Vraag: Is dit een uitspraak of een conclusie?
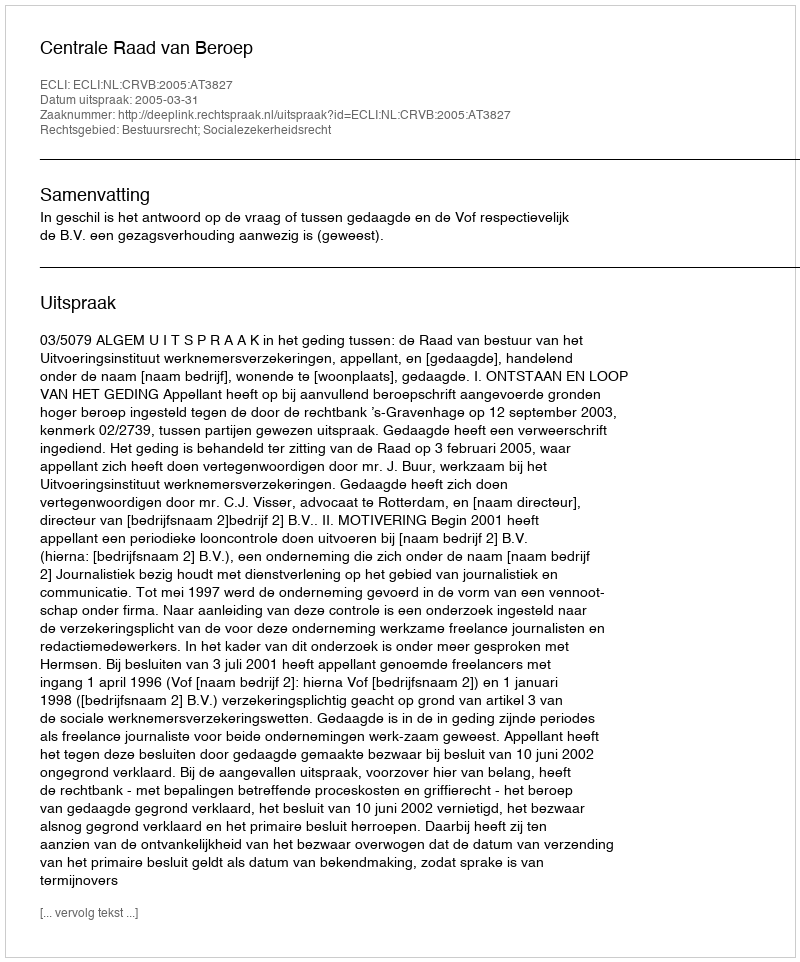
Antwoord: Uitspraak